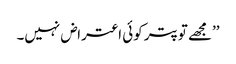
’’مجھے تو پتر کوئی اعتراض نہیں۔